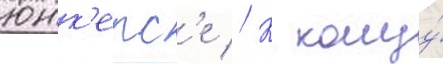
юнк'ерс'е // К концу́